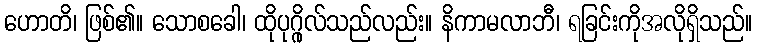
ဟောတိ၊ ဖြစ်၏။ သောစခေါ၊ ထိုပုဂ္ဂိုလ်သည်လည်း။ နိကာမလာဘီ၊ ရခြင်းကိုအလိုရှိသည်။